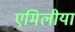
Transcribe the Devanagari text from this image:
एमिलीया